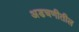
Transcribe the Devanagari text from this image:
अडचणीतील